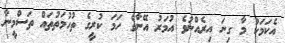
އެކަމަކު މާ ގިނަ އިރެއްނުވެ އުމަރު އޭނާގެ ހަމަ ކުރީގެ ތުހުމަތުތައް ތަސްމީނާ